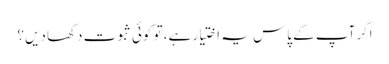
اگر آپ کے پاس یہ اختیار ہے، تو کوئی ثبوت دکھا دیں؟